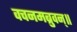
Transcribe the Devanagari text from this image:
वचनमब्रुवन्॥